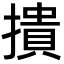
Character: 撌